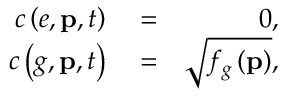
\begin{array} { r l r } { c \left( e , \mathbf { p } , t \right) } & { { } = } & { 0 , } \\ { c \left( g , \mathbf { p } , t \right) } & { { } = } & { \sqrt { f _ { g } \left( \mathbf { p } \right) } , } \end{array}